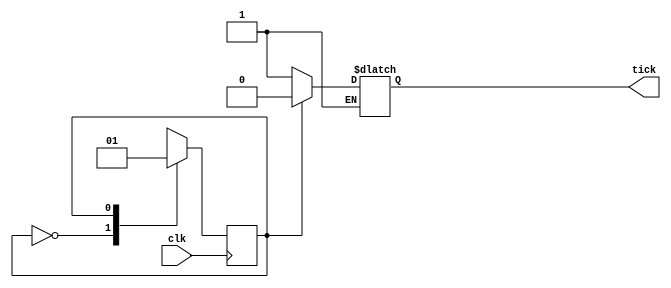
module baudrate_tick_generator #(
	parameter baudrate = 32'd9600,
	parameter frequency = 32'd100000000	// in Hz
	)(
	input wire clk,
	output reg tick);

	// state declaration
	localparam 
		off = 1'b0,
		on = 1'b1;

	// signal declaration
	reg [32:0] count;
	reg [32:0] count_threshold = (frequency)/(baudrate);
	reg [32:0] tick_threshold  = 5;
	reg state_reg,state_next;

	initial begin
		tick = 1'b0;
		count = 32'b0;
		state_reg = 1'b0;
	end

	always @(posedge(clk)) begin
		count = count + 1;
		state_reg = state_next;
	end

	always @* begin
		state_next = state_reg;
		case(state_reg)
			off :
				if(count == count_threshold) begin
					state_next = on;
					count = 0;
					tick = 1;
				end
			on :
				if(count == tick_threshold) begin
					state_next = off;
					tick = 0;
				end
		endcase
	end
endmodule